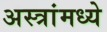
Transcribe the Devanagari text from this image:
अस्त्रांमध्ये